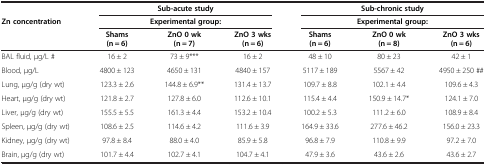
|  | <COLSPAN=3> Sub-acute study | <COLSPAN=3> Sub-chronic study |
 | <ROWSPAN=2> Zn concentration | <COLSPAN=3> Experimental group: | <COLSPAN=3> Experimental group: |
 | Shams (n = 6) | ZnO 0 wk (n = 7) | ZnO 3 wks (n = 6) | Shams (n = 6) | ZnO 0 wk (n = 8) | ZnO 3 wks (n = 6) |
 | --- | --- | --- | --- | --- | --- | --- |
 | BAL fluid, μg/L # | 16 ± 2 | 73 ± 9*** | 16 ± 2 | 48 ± 10 | 80 ± 23 | 42 ± 1 |
 | Blood, μg/L | 4800 ± 123 | 4650 ± 131 | 4840 ± 157 | 5117 ± 189 | 5567 ± 42 | 4950 ± 250 ## |
 | Lung, μg/g (dry wt) | 123.3 ± 2.6 | 144.8 ± 6.9** | 131.4 ± 13.7 | 109.7 ± 8.8 | 102.1 ± 4.4 | 109.6 ± 4.3 |
 | Heart, μg/g (dry wt) | 121.8 ± 2.7 | 127.8 ± 6.0 | 112.6 ± 10.1 | 115.4 ± 4.4 | 150.9 ± 14.7* | 124.1 ± 7.0 |
 | Liver, μg/g (dry wt) | 155.5 ± 5.5 | 161.3 ± 4.4 | 153.2 ± 10.4 | 100.2 ± 5.3 | 111.2 ± 6.0 | 108.9 ± 8.4 |
 | Spleen, μg/g (dry wt) | 108.6 ± 2.5 | 114.6 ± 4.2 | 111.6 ± 3.9 | 164.9 ± 33.6 | 277.6 ± 46.2 | 156.0 ± 23.3 |
 | Kidney, μg/g (dry wt) | 97.8 ± 8.4 | 88.0 ± 4.0 | 85.9 ± 5.8 | 96.8 ± 7.9 | 110.8 ± 9.9 | 97.2 ± 7.0 |
 | Brain, μg/g (dry wt) | 101.7 ± 4.4 | 102.7 ± 4.1 | 104.7 ± 4.1 | 47.9 ± 3.6 | 43.6 ± 2.6 | 43.6 ± 2.7 |